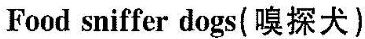
Fdod sniffer dogs(嗅探犬)